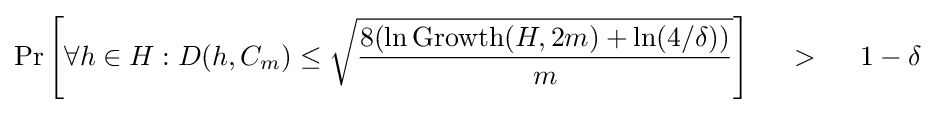
\Pr \left[\forall h\in H:D(h,C_{m})\leq {\sqrt {8(\ln \operatorname {Growth} (H,2m)+\ln(4/\delta )) \over m}}\right]~~~~>~~~~1-\delta